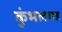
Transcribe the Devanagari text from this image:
कुंभलगड